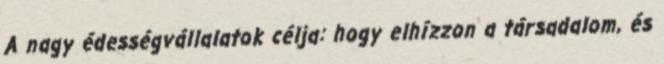
A nagy édességvállalatok célja: hogy elhízzon a társadalom, és